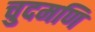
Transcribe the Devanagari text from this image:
चुदमणि